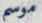
موسم